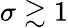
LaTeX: \sigma\gtrsim 1